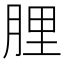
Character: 䤚